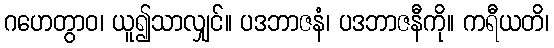
ဂဟေတွာဝ၊ ယူ၍သာလျှင်။ ပဒဘာဇနံ၊ ပဒဘာဇနီကို။ ကရီယတိ၊